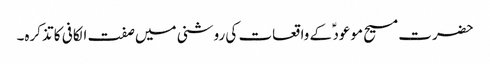
حضرت مسیح موعود ؑ کے واقعات کی روشنی میں صفت الکافی کا تذکرہ۔